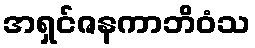
အရှင်ဇနကာဘိဝံသ